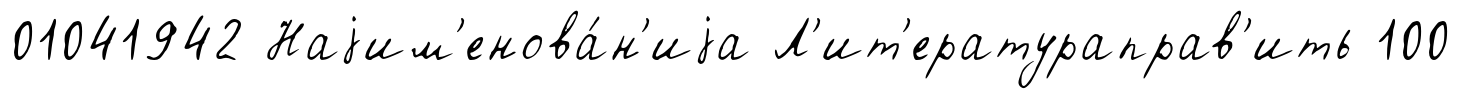
01041942 Наjим'енова́н'иjа Л'ит'ератураправ'ить 100